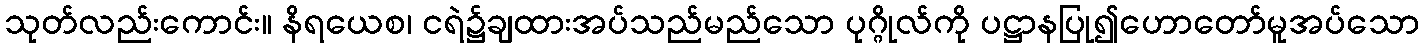
သုတ်လည်းကောင်း။ နိရယေစ၊ ငရဲ၌ချထားအပ်သည်မည်သော ပုဂ္ဂိုလ်ကို ပဋ္ဌာနပြု၍ဟောတော်မူအပ်သော